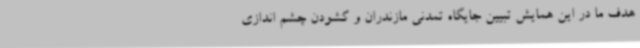
هدف ما در این همایش تبیین جایگاه تمدنی مازندران و گشودن چشم اندازی